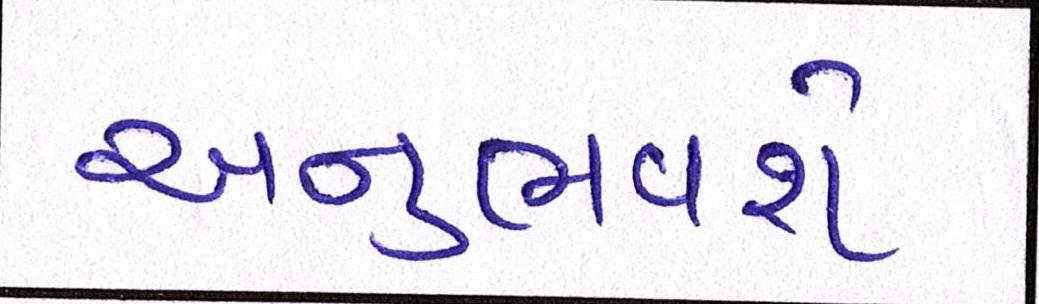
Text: અનુભવશે